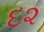
દ૨